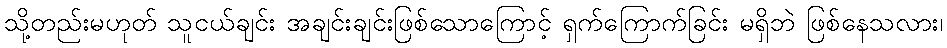
သို့တည်းမဟုတ် သူငယ်ချင်း အချင်းချင်းဖြစ်သောကြောင့် ရှက်ကြောက်ခြင်း မရှိဘဲ ဖြစ်နေသလား၊